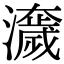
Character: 𤂾